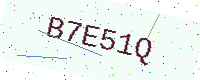
Text: B7E51Q